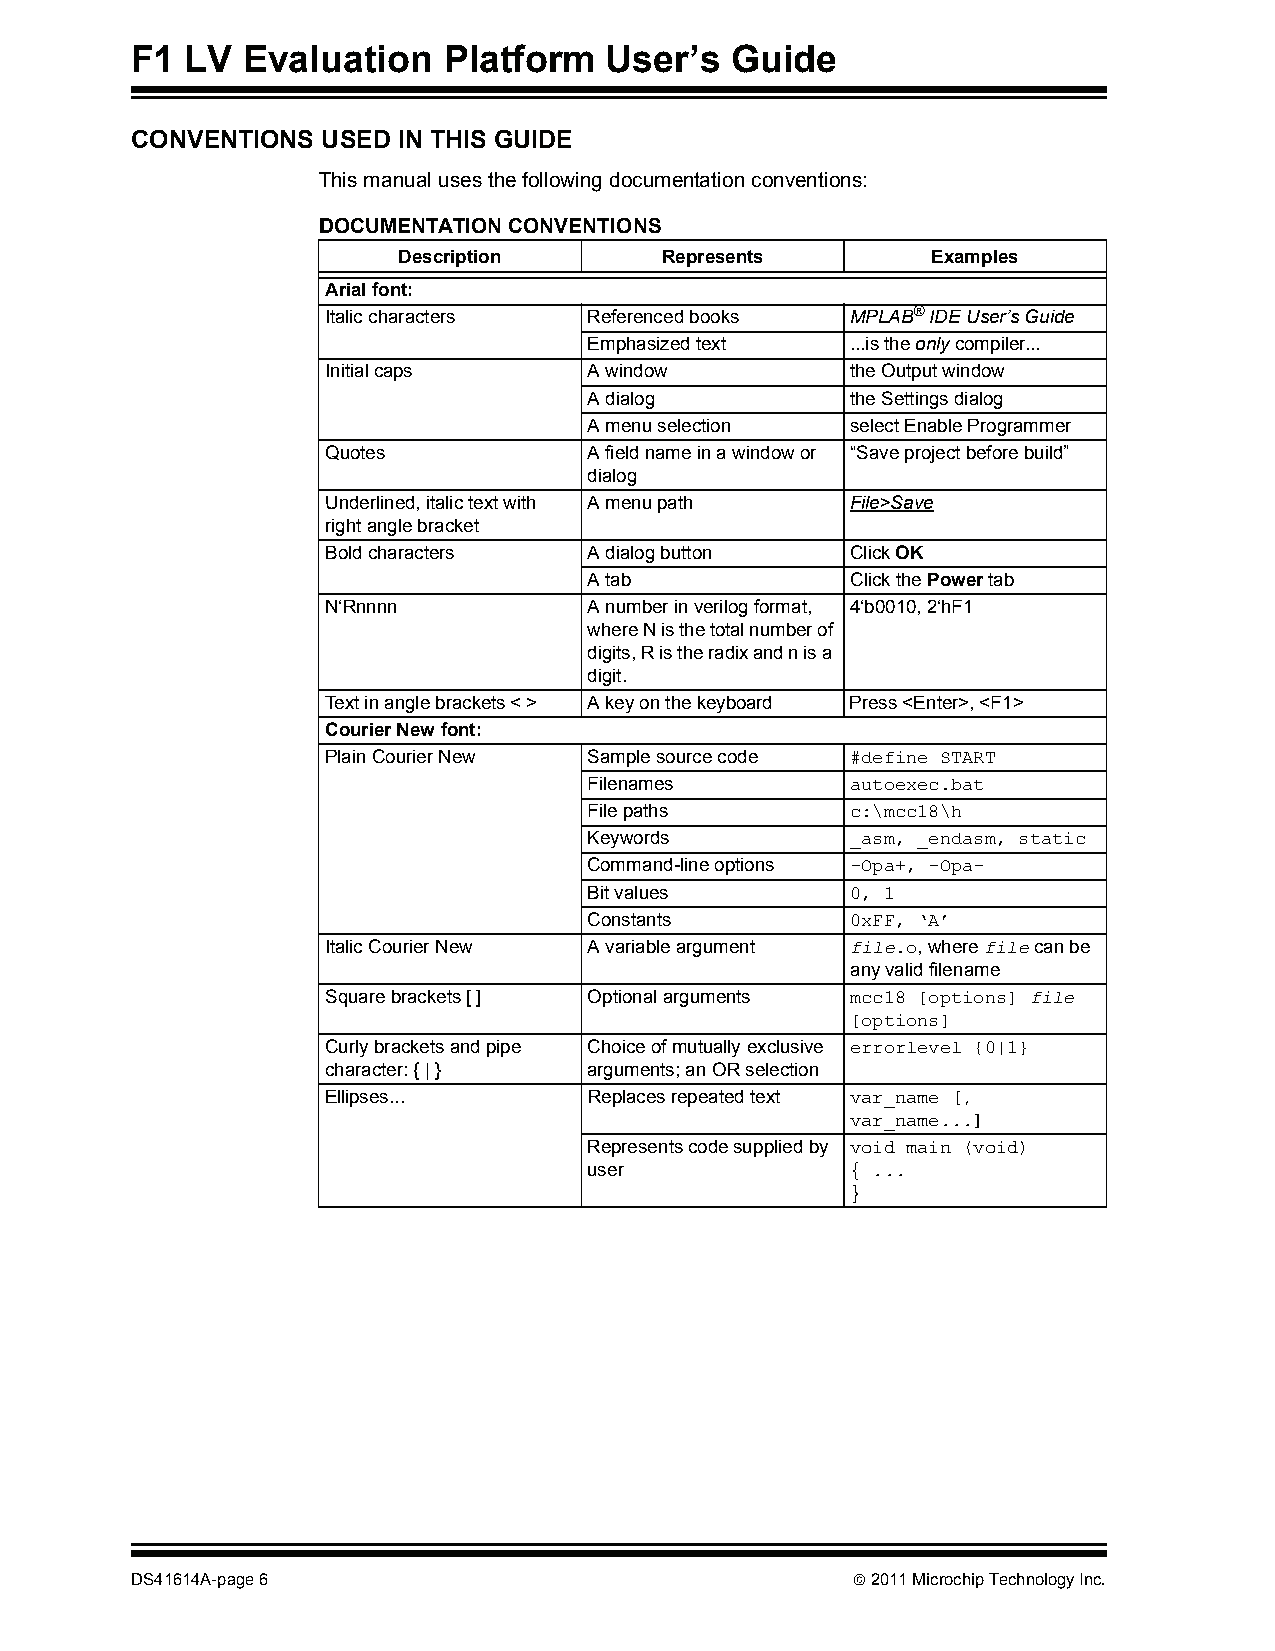
F1 LV  Evaluation   Platform   User’s  Guide
 CONVENTIONS USED IN THIS GUIDE
 This manual uses the following documentation conventions:
 DOCUMENTATION CONVENTIONS
 Description       Represents        Examples
 Arial font:
 Italic characters Referenced books MPLAB® IDE User’s Guide
 Emphasized text  ...is the only compiler...
 Initial caps     A window         the Output window
 A dialog         the Settings dialog
 A menu selection select Enable Programmer
 Quotes           A field name in a window or “Save project before build”
 dialog
 Underlined, italic text with A menu path File>Save
 right angle bracket
 Bold characters  A dialog button  Click OK
 A tab            Click the Power tab
 N‘Rnnnn          A number in verilog format, 4‘b0010, 2‘hF1
 where N is the total number of
 digits, R is the radix and n is a
 digit.
 Text in angle brackets < > A key on the keyboard Press <Enter>, <F1>
 Courier New font:
 Plain Courier New Sample source code #define START
 Filenames        autoexec.bat
 File paths       c:\mcc18\h
 Keywords         _asm, _endasm, static
 Command-line options -Opa+, -Opa-
 Bit values       0, 1
 Constants        0xFF, ‘A’
 Italic Courier New A variable argument file.o, where file can be
 any valid filename
 Square brackets [ ] Optional arguments mcc18 [options] file
 [options]
 Curly brackets and pipe Choice of mutually exclusive errorlevel {0|1}
 character: { | } arguments; an OR selection
 Ellipses...      Replaces repeated text var_name [,
 var_name...]
 Represents code supplied by void main (void)
 user             { ...
 }
 DS41614A-page 6                                 2011 Microchip Technology Inc.